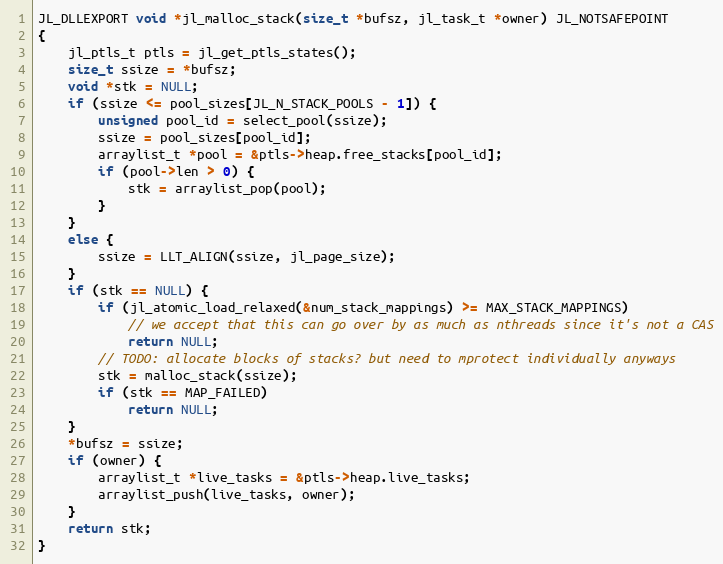
Language: C
JL_DLLEXPORT void *jl_malloc_stack(size_t *bufsz, jl_task_t *owner) JL_NOTSAFEPOINT
{
    jl_ptls_t ptls = jl_get_ptls_states();
    size_t ssize = *bufsz;
    void *stk = NULL;
    if (ssize <= pool_sizes[JL_N_STACK_POOLS - 1]) {
        unsigned pool_id = select_pool(ssize);
        ssize = pool_sizes[pool_id];
        arraylist_t *pool = &ptls->heap.free_stacks[pool_id];
        if (pool->len > 0) {
            stk = arraylist_pop(pool);
        }
    }
    else {
        ssize = LLT_ALIGN(ssize, jl_page_size);
    }
    if (stk == NULL) {
        if (jl_atomic_load_relaxed(&num_stack_mappings) >= MAX_STACK_MAPPINGS)
            // we accept that this can go over by as much as nthreads since it's not a CAS
            return NULL;
        // TODO: allocate blocks of stacks? but need to mprotect individually anyways
        stk = malloc_stack(ssize);
        if (stk == MAP_FAILED)
            return NULL;
    }
    *bufsz = ssize;
    if (owner) {
        arraylist_t *live_tasks = &ptls->heap.live_tasks;
        arraylist_push(live_tasks, owner);
    }
    return stk;
}